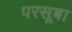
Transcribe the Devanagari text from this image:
परसूबा